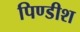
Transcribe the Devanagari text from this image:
पिण्डीश